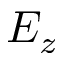
E _ { z }